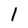
Character: 1